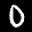
Label: 0